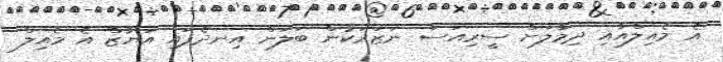
އެ މެއިލްއާއި ދިމާލަށް ސީރިއަސް ނަޒަރަކުން ބަލަން އިނދެފައި އަޔާޒް އެ މެއިލް